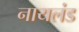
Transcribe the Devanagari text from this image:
नायलंड